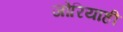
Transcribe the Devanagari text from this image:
जोरियाही